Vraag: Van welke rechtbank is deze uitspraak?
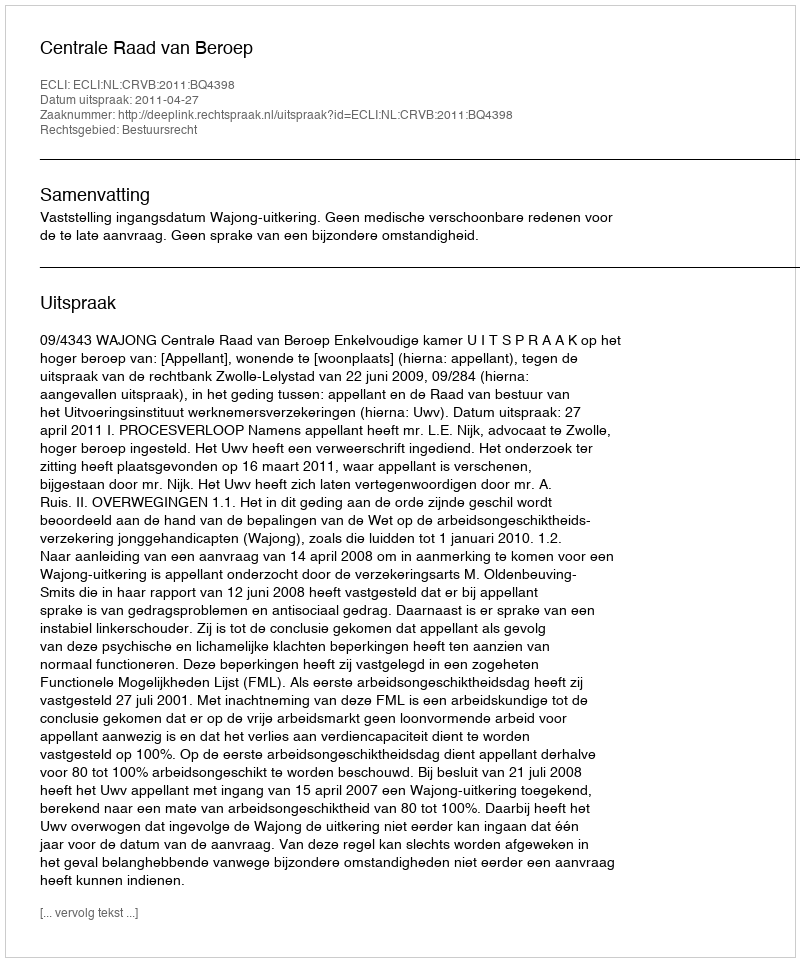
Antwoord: Centrale Raad van Beroep